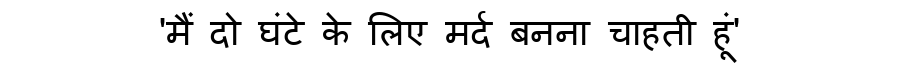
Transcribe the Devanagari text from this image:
'मैं दो घंटे के लिए मर्द बनना चाहती हूं'